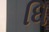
ધિ